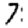
Digit: 7